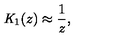
{ \mathit { K } } _ { 1 } ( z ) \approx \frac { 1 } { z } ,